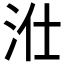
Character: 𱦁